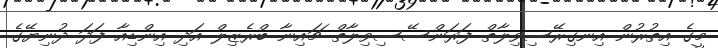
މީގެ އިތުރުން އިނގިރޭސިވިލާތް ފަރަންސޭސިވިލާތް ޗައިނާ ބްރެޒިލް އަދި އިންޑިއާ ފަދަ ދުނިޔޭގެ